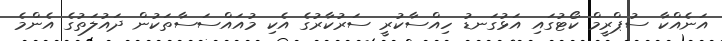
އަނެއްކާ ސުޕްރީމް ކޯޓުގައި އަޅުގަނޑު ހިއްސާކުރީ ސަރުކާރުގެ އެކި މުއައްސަސާތަކުން ދައުލަތުގެ އެންމެ